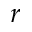
r